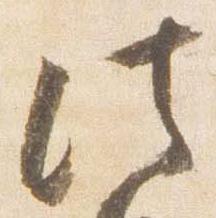
法